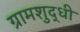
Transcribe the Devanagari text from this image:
ग्रामशुद्धी